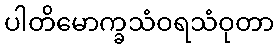
ပါတိမောက္ခသံဝရသံဝုတာ